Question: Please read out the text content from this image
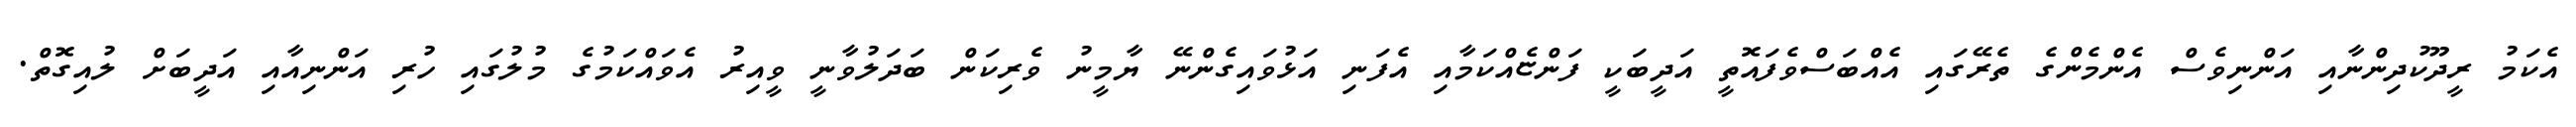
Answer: އެކަމު ރީދޫކުދިންނާއި އަންނިވެސް އެންމެންގެ ތެރޭގައި އެއްބަސްވެފައޮތީ އަދީބަކީ ފަންޏެއްކަމާއި އެފަނި އަޅުވައިގެންނޭ ޔާމީނު ވެރިކަން ބަދަލުވާނީ ވީއިރު އެވައްކަމުގެ މުލުގައި ހުރި އަންނިއާއި އަދީބަށް ލުއިގޮތް.